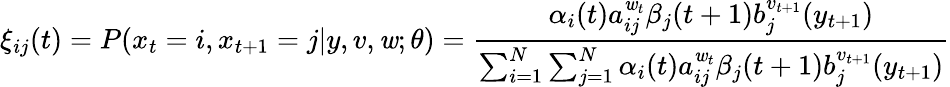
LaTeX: \xi_{ij}(t)=P(x_{t}=i,x_{t+1}=j|y,v,\mathit{w};\theta)={\frac{{\alpha_{i}(t)a_{ij}^{\mathit{w}_{t}}\beta_{j}(t+1)b_{j}^{v_{t+1}}(y_{t+1})}}{{\sum_{i=1}^{N}\sum_{j=1}^{N}\alpha_{i}(t)a_{ij}^{\mathit{w}_{t}}\beta_{j}(t+1)b_{j}^{v_{t+1}}(y_{t+1})}}}